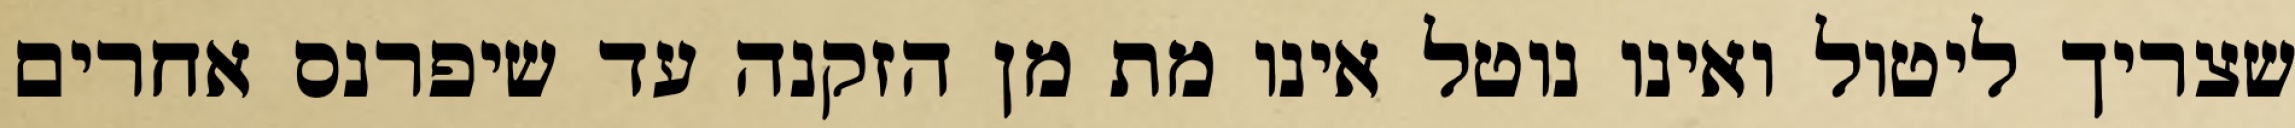
שצריך ליטול ואינו נוטל אינו מת מן הזקנה עד שיפרנס אחרים